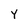
Character: Y